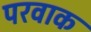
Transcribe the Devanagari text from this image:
परवाक